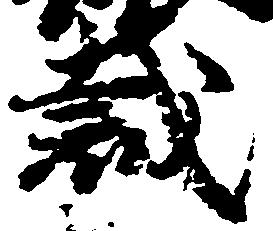
裁